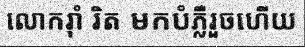
លោករ៉ាំ រិត មកបំភ្លឺរួចហើយ